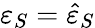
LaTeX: \varepsilon_{S}=\hat{\varepsilon}_{S}